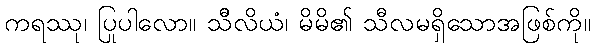
ကရဿု၊ ပြုပါလော။ သီိလိယံ၊ မိမိ၏ သီလမရှိသောအဖြစ်ကို။